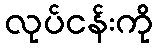
လုပ်ငန်းကို